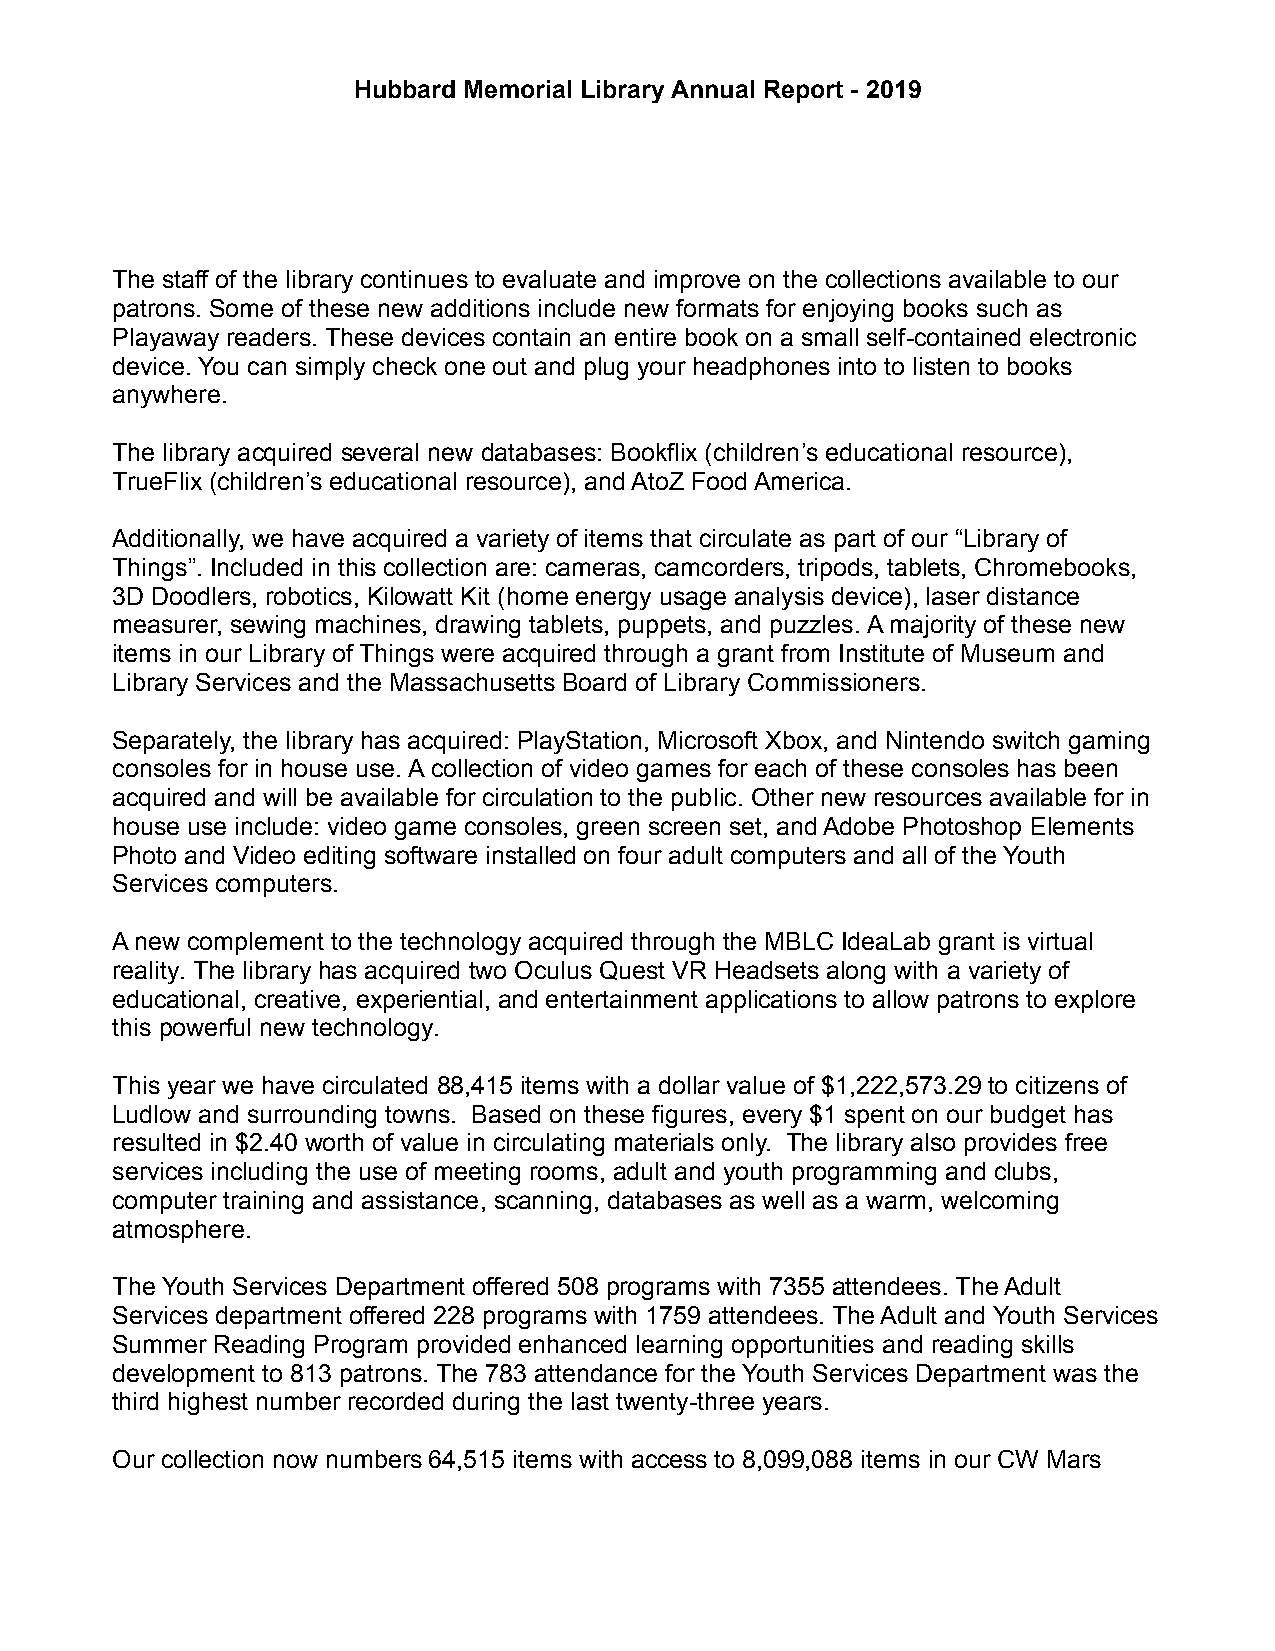
Hubbard Memorial Library Annual Report - 2019
 The staff of the library continues to evaluate and improve on the collections available to our
 patrons. Some of these new additions include new formats for enjoying books such as
 Playaway readers. These devices contain an entire book on a small self-contained electronic
 device. You can simply check one out and plug your headphones into to listen to books
 anywhere.
 The library acquired several new databases: Bookflix (children’s educational resource),
 TrueFlix (children’s educational resource), and AtoZ Food America.
 Additionally, we have acquired a variety of items that circulate as part of our “Library of
 Things”. Included in this collection are: cameras, camcorders, tripods, tablets, Chromebooks,
 3D Doodlers, robotics, Kilowatt Kit (home energy usage analysis device), laser distance
 measurer, sewing machines, drawing tablets, puppets, and puzzles. A majority of these new
 items in our Library of Things were acquired through a grant from Institute of Museum and
 Library Services and the Massachusetts Board of Library Commissioners.
 Separately, the library has acquired: PlayStation, Microsoft Xbox, and Nintendo switch gaming
 consoles for in house use. A collection of video games for each of these consoles has been
 acquired and will be available for circulation to the public. Other new resources available for in
 house use include: video game consoles, green screen set, and Adobe Photoshop Elements
 Photo and Video editing software installed on four adult computers and all of the Youth
 Services computers.
 A new complement to the technology acquired through the MBLC IdeaLab grant is virtual
 reality. The library has acquired two Oculus Quest VR Headsets along with a variety of
 educational, creative, experiential, and entertainment applications to allow patrons to explore
 this powerful new technology.
 This year we have circulated 88,415 items with a dollar value of $1,222,573.29 to citizens of
 Ludlow and surrounding towns. Based on these figures, every $1 spent on our budget has
 resulted in $2.40 worth of value in circulating materials only. The library also provides free
 services including the use of meeting rooms, adult and youth programming and clubs,
 computer training and assistance, scanning, databases as well as a warm, welcoming
 atmosphere.
 The Youth Services Department offered 508 programs with 7355 attendees. The Adult
 Services department offered 228 programs with 1759 attendees. The Adult and Youth Services
 Summer Reading Program provided enhanced learning opportunities and reading skills
 development to 813 patrons. The 783 attendance for the Youth Services Department was the
 third highest number recorded during the last twenty-three years.
 Our collection now numbers 64,515 items with access to 8,099,088 items in our CW Mars